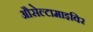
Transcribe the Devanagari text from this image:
औसेल्टामाइविर